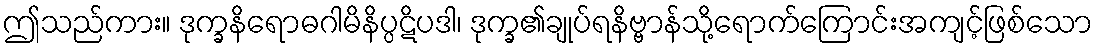
ဤသည်ကား။ ဒုက္ခနိရောဓဂါမိနိပ္ပဋိပဒါ၊ ဒုက္ခ၏ချုပ်ရနိဗ္ဗာန်သို့ရောက်ကြောင်းအကျင့်ဖြစ်သော